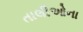
તાલીઓના